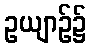
ဥယျာဉ်၌